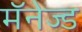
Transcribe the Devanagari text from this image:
मॅनेज्ड